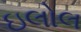
ઇલોલ